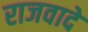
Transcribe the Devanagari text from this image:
राजवादे